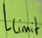
Text: Llimit